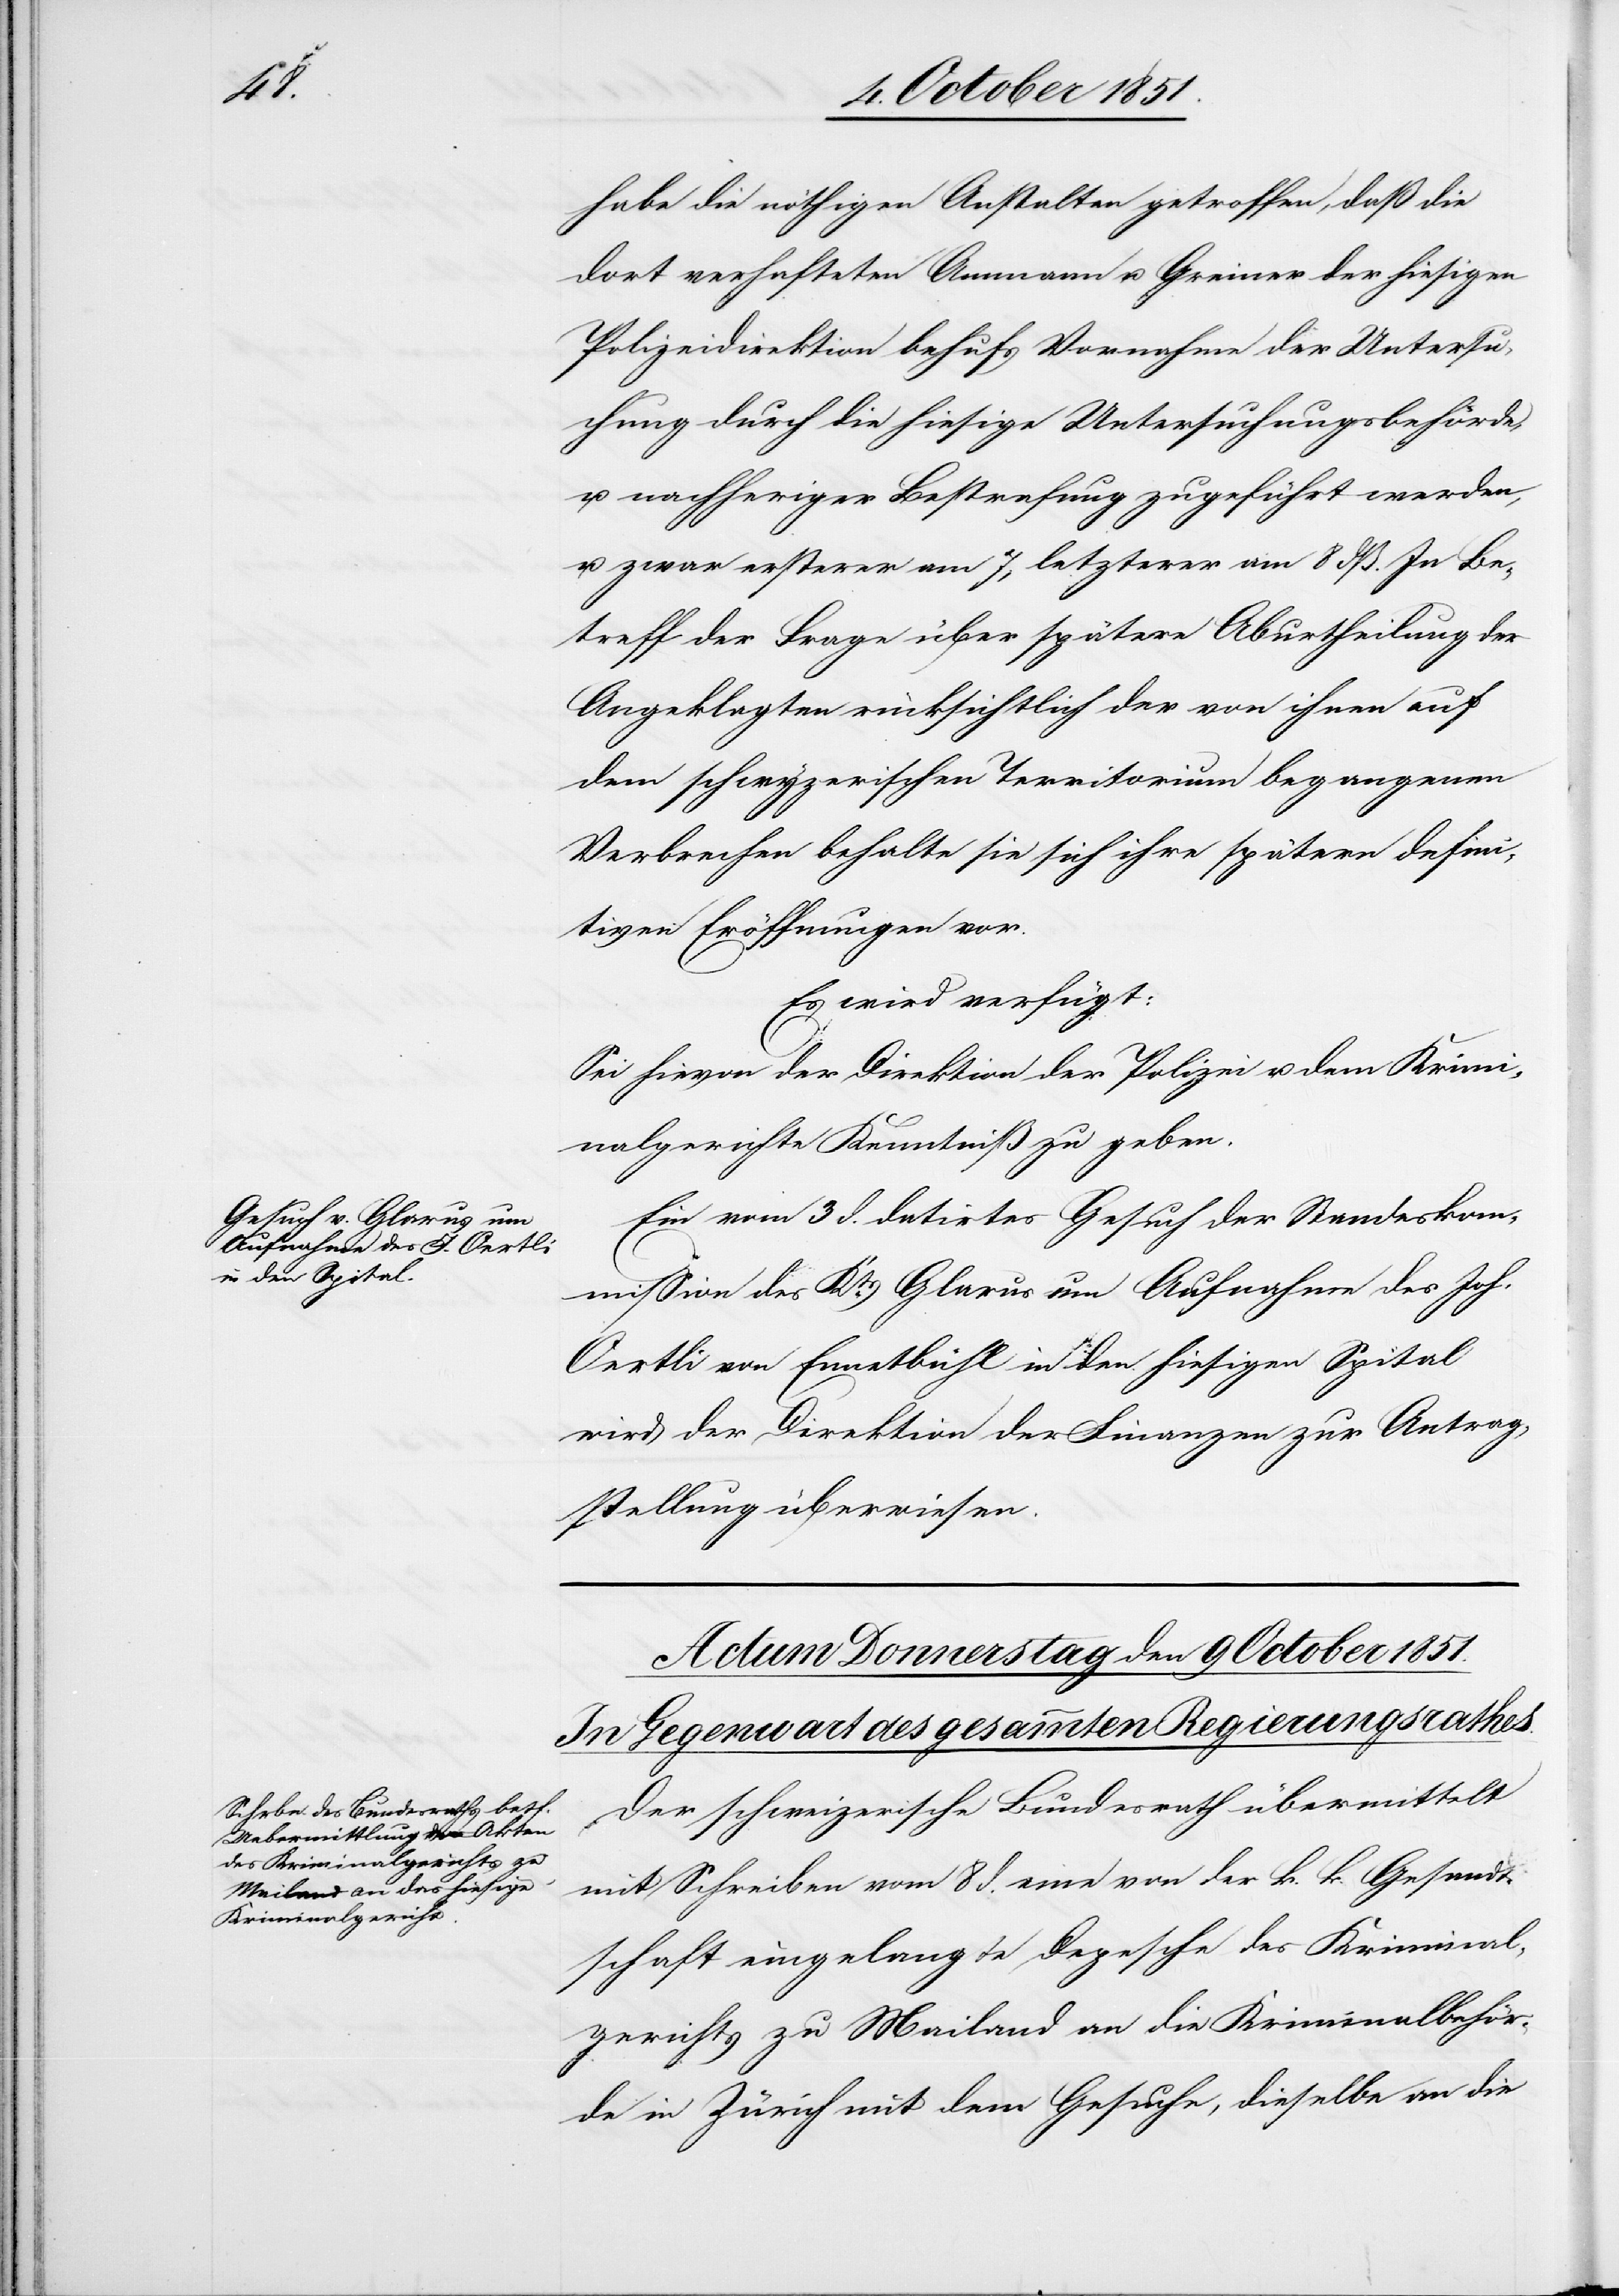
8 October 1851.]
habe die nöthigen Anstalten getroffen, daß die
dort verhafteten Ammann u. Greiner der hiesigen
Polizeidirektion behufs Vornahme der Untersu¬
chung durch die hiesige Untersuchungsbehörde,
u. nachheriger Bestrafung zugeführt werden,
u. zwar ersterer am 7, letzterer am 8 dß. In Be¬
treff der Frage über spätere Aburtheilung der
Angeklagten rücksichtlich der von ihnen auf
dem schwyzerischen Territorium begangenen
Verbrechen behalte sie sich ihre spätern defini¬
tiven Eröffnungen vor.
Es wird verfügt:
Sei hievon der Direktion der Polizei u. dem Krimi¬
nalgerichte Kenntniß zu geben.
Ein vom 3 d. datirtes Gesuch der Standeskom¬
mission des Kts. Glarus um Aufnahme des Joh.
Oertli von Ennetbühl in den hiesigen Spital
wird der Direktion der Finanzen zur Antrag¬
stellung überwiesen.
Der schweizerische Bundesrath übermittelt
mit Schreiben vom 8 d. eine von der k. k. Gesandt¬
schaft eingelangte Depesche des Kriminal¬
gerichts zu Mailand an die Kriminalbehör¬
de in Zürich mit dem Gesuche, dieselbe an die